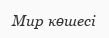
Мир көшесі